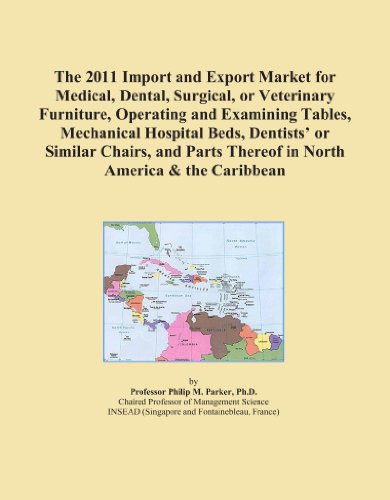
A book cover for The 2011 Import and Export Market for Medical, Dental, Surgical, or Veterinary Furniture, Operating and Examining Tables, Mechanical Hospital Beds, ... Thereof in North America & the Caribbean; Icon Group International; Medical Books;